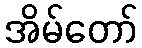
အိမ်တော်